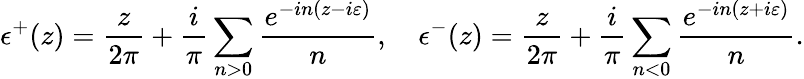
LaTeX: \epsilon^{+}(z)=\frac{z}{2\pi}+\frac{i}{\pi}\sum_{n>0}\frac{e^{-in(z-i\varepsilon)}}{n},~~~~\epsilon^{-}(z)=\frac{z}{2\pi}+\frac{i}{\pi}\sum_{n<0}\frac{e^{-in(z+i\varepsilon)}}{n}.